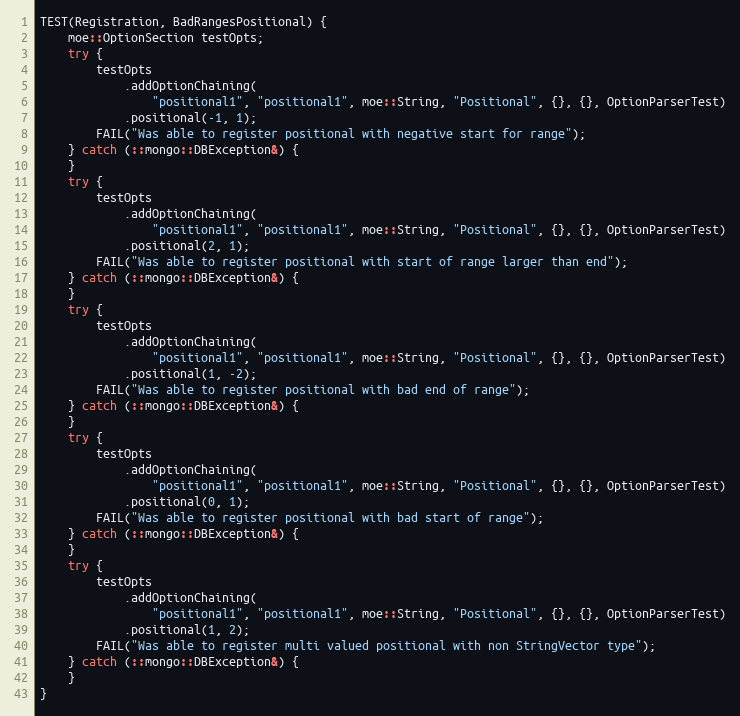
Language: C++
TEST(Registration, BadRangesPositional) {
    moe::OptionSection testOpts;
    try {
        testOpts
            .addOptionChaining(
                "positional1", "positional1", moe::String, "Positional", {}, {}, OptionParserTest)
            .positional(-1, 1);
        FAIL("Was able to register positional with negative start for range");
    } catch (::mongo::DBException&) {
    }
    try {
        testOpts
            .addOptionChaining(
                "positional1", "positional1", moe::String, "Positional", {}, {}, OptionParserTest)
            .positional(2, 1);
        FAIL("Was able to register positional with start of range larger than end");
    } catch (::mongo::DBException&) {
    }
    try {
        testOpts
            .addOptionChaining(
                "positional1", "positional1", moe::String, "Positional", {}, {}, OptionParserTest)
            .positional(1, -2);
        FAIL("Was able to register positional with bad end of range");
    } catch (::mongo::DBException&) {
    }
    try {
        testOpts
            .addOptionChaining(
                "positional1", "positional1", moe::String, "Positional", {}, {}, OptionParserTest)
            .positional(0, 1);
        FAIL("Was able to register positional with bad start of range");
    } catch (::mongo::DBException&) {
    }
    try {
        testOpts
            .addOptionChaining(
                "positional1", "positional1", moe::String, "Positional", {}, {}, OptionParserTest)
            .positional(1, 2);
        FAIL("Was able to register multi valued positional with non StringVector type");
    } catch (::mongo::DBException&) {
    }
}